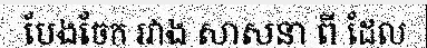
បែងចែក រវាង សាសនា ពី ដែល